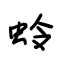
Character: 蛉